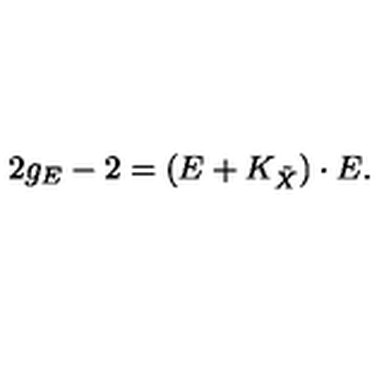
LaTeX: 2 g _ { E } - 2 = ( E + K _ { \tilde { X } } ) \cdot E .